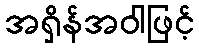
အရှိန်အဝါဖြင့်